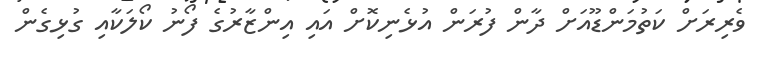
ވެރިރަށް ކަތުމަންޑޫއަށް ދާން ފުރަން އުޅެނިކޮށް އައި އިންޒާރުގެ ފޯނު ކޯލަކާއި ގުޅިގެން